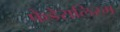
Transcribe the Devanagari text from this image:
फेडेरालिस्म